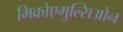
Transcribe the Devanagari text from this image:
मिक्रोएमुल्सिओन